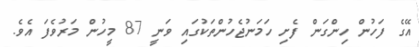
އޭގެ ފަހުން ހިންގަން ފެށި ހަމަނުޖެހުންތަކުގަައި ވަނީ 87 މީހުން މަރުވެފަ އެވެ.